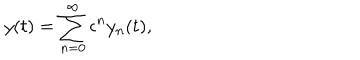
y ( t ) = \sum _ { n = 0 } ^ { \infty } \epsilon ^ { n } y _ { n } ( t ) ,